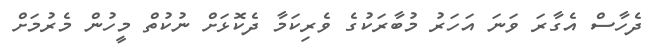
ދެހާސް އެގާރަ ވަނަ އަހަރު މުބާރަކުގެ ވެރިކަމާ ދެކޮޅަށް ނުކުތް މީހުން މެރުމަށް